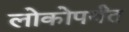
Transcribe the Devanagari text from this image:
लोकोपर्यंत